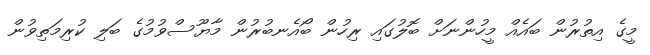
މީގެ އިތުރުން ބައެއް މީހުންނަށް ބޮލުގައި ރިހުން ބޯއެނބުރުން މާޔޫސްވުމުގެ ބަލި ކުރިމަތިވުން